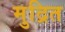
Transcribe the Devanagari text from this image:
मुद्रित